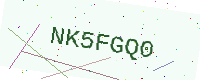
Text: NK5FGQ0